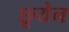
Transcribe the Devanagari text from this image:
छूयेन